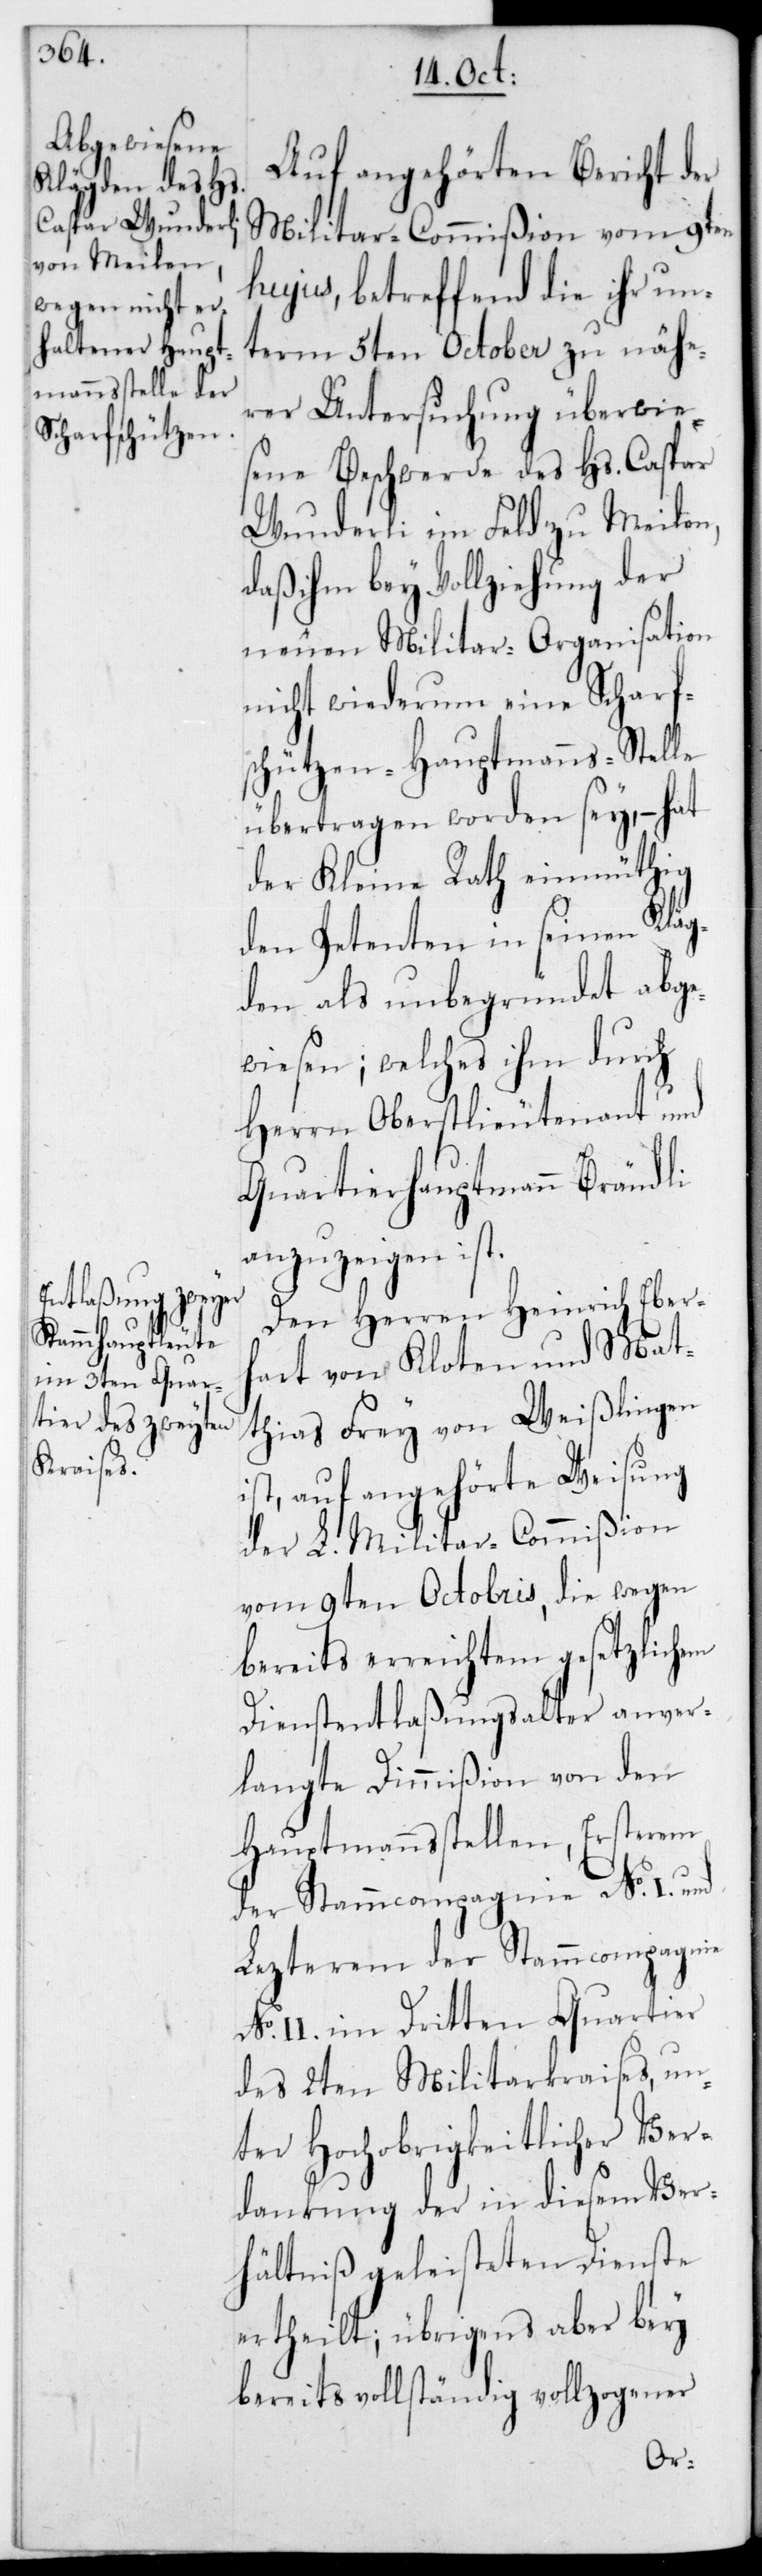
Auf angehörten Bericht der
Militar-Commißion vom 9ten
hujus, betreffend die ihr un¬
term 5ten October zu nähe¬
rer Untersuchung überwie¬
sene Beschwerde des Hs. Caspar
Wunderli im Feld zu Meilen,
daß ihm bey Vollziehung der
neuen Militar-Organisation
nicht wiederum eine Scharf¬
schützen-Hauptmanns-Stelle
übertragen worden sey, – hat
der Kleine Rath einmüthig
den Petenten in seinen Kläg¬
den als unbegründet abge¬
wiesen; welches ihm durch
Herrn Oberstlieutenant und
Quartierhauptmann Brändli
anzuzeigen ist.
Den Herren Heinrich Eber¬
hart von Kloten und Mat¬
thias Frey von Weißlingen
ist, auf angehörte Weisung
der L. Militar-Commißion
vom 9ten Octobris, die wegen
bereits erreichtem gesetzlichem
Dienstentlaßungsalter anver¬
langte Dimmißion von den
Hauptmannsstellen, Ersterem
der Stammcompagnie No I und
lezterem der Stammcompagnie
No II im dritten Quartier
des 2ten Militarkraises, un¬
ter Hochobrigkeitlicher Ver¬
dankung der in diesem Ver¬
hältniß geleisteten Dienste
ertheilt; übrigens aber bey
bereits vollständig vollzogener